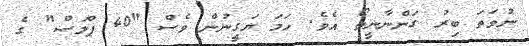
ނުވަތަ ބިރު ގަންނާނީތޯ އެވެ. ހަމަ ޔަގީނުން ވެސް "40 ޕްލަސް" ގެ